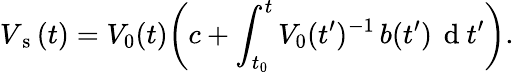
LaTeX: V_{\mathrm{~s~}}(t)=V_{0}(t)\bigg(c+\displaystyle\int_{t_{0}}^{t}V_{0}(t^{\prime})^{-1}\, b(t^{\prime})\, \mathrm{~d~}t^{\prime}\bigg).